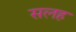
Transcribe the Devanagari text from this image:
सलह